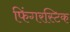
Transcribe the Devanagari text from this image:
फिंगरस्टिक